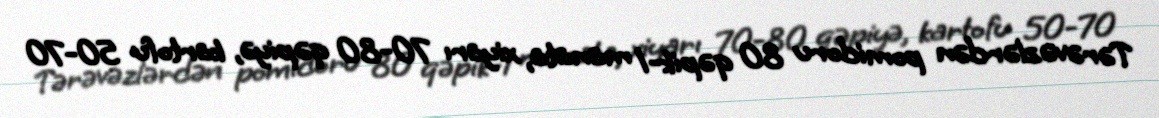
Tərəvəzlərdən pomidoru 80 qəpik-1 manata, xiyarı 70-80 qəpiyə, kartofu 50-70